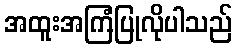
အထူးအကြံပြုလိုပါသည်